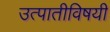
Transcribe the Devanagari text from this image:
उत्पातीविषयी